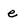
Character: e